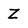
Character: Z